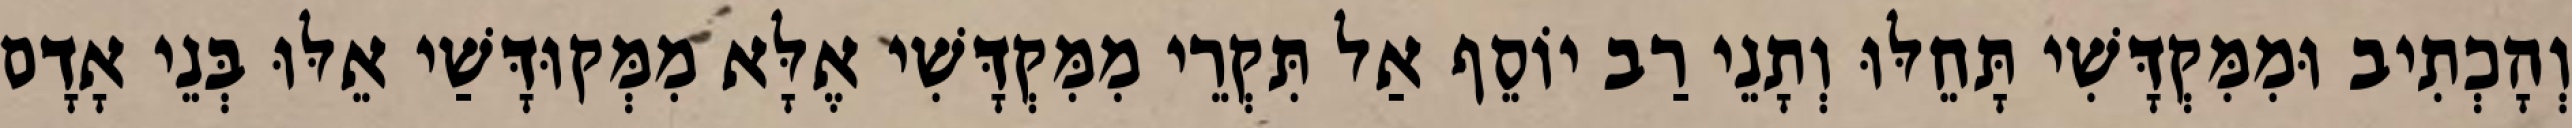
וְהָכְתִיב וּמִמִּקְדָּשִׁי תָּחֵלּוּ וְתָנֵי רַב יוֹסֵף אַל תִּקְרֵי מִמִּקְדָּשִׁי אֶלָּא מִמְּקוּדָּשַׁי אֵלּוּ בְּנֵי אָדָם